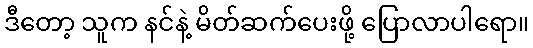
ဒီတော့ သူက နင်နဲ့ မိတ်ဆက်ပေးဖို့ ပြောလာပါရော။